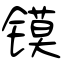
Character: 镆